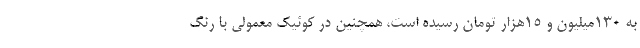
به 130میلیون و 15هزار تومان رسیده است، همچنین در کوئیک معمولی با رنگ